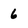
Character: 6